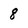
Character: 8